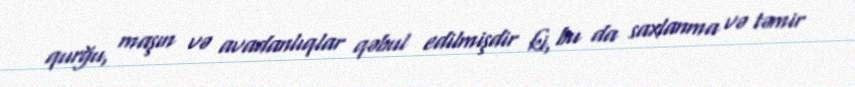
qurğu, maşın və avadanlıqlar qəbul edilmişdir ki, bu da saxlanma və təmir